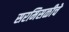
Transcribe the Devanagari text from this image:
सरमिसळीचे